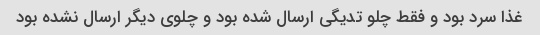
غذا سرد بود و فقط چلو تدیگی ارسال شده بود و چلوی دیگر ارسال نشده بود